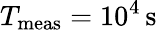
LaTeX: T_{\mathrm{meas}}=10^{4}\, \mathrm{s}